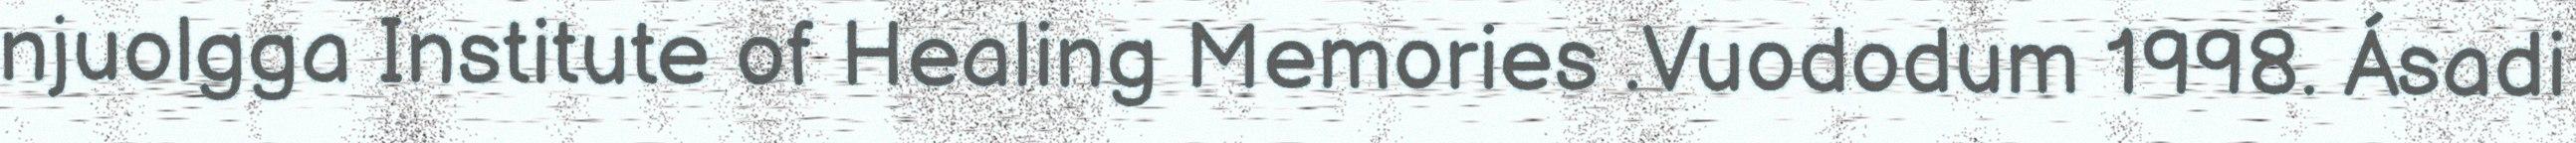
njuolgga Institute of Healing Memories .Vuododum 1998. Ásadi